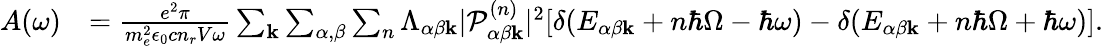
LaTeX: \begin{array}{rl}{A(\omega)}&{=\frac{e^{2}\pi}{m_{e}^{2}\epsilon_{0}cn_{r}V\omega}\sum_{\mathbf{k}}\sum_{\alpha,\beta}\sum_{n}\Lambda_{\alpha\beta\mathbf{k}}|\mathcal{P}_{\alpha\beta\mathbf{k}}^{(n)}|^{2}[\delta(E_{\alpha\beta\mathbf{k}}+n\hbar\Omega-\hbar\omega)-\delta(E_{\alpha\beta\mathbf{k}}+n\hbar\Omega+\hbar\omega)].}\end{array}